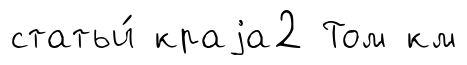
статьи́ краjа2 Том км